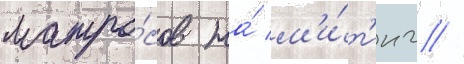
матро́сов на́ м'и́т'инг //